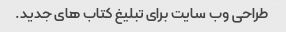
طراحی وب سایت برای تبلیغ کتاب های جدید.